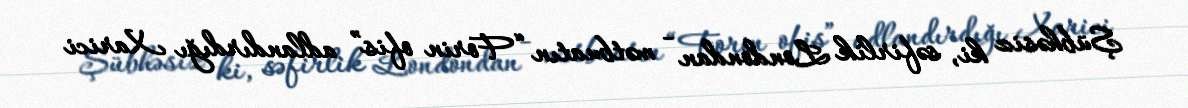
Şübhəsiz ki, səfirlik Londondan - mətbuatın “Forin ofis” adlandırdığı Xarici